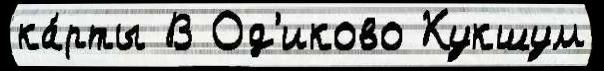
ка́рты В Од'иково Кукшум